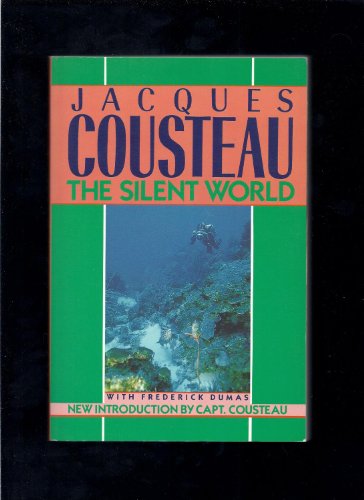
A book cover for The silent world; Jacques Yves Cousteau; Science & Math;